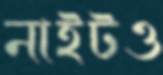
নাইটও